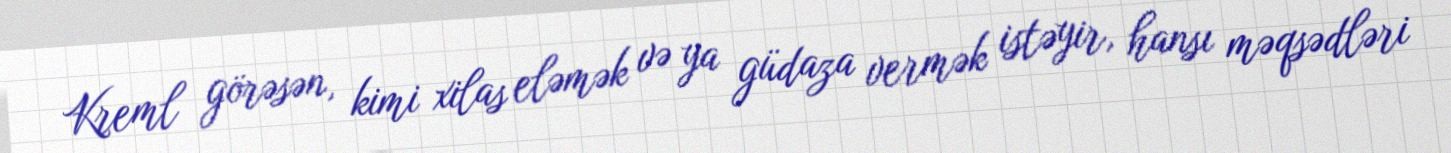
Kreml görəsən, kimi xilas eləmək və ya güdaza vermək istəyir, hansı məqsədləri